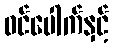
ဝင်ပေါက်နှင့်